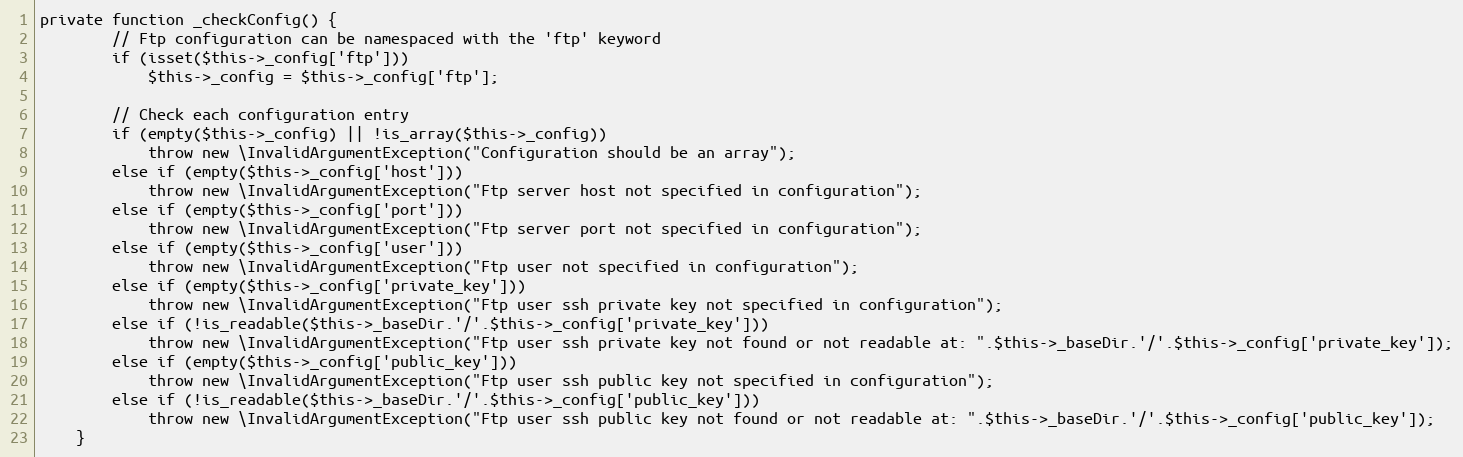
Language: PHP
private function _checkConfig() {
        // Ftp configuration can be namespaced with the 'ftp' keyword
        if (isset($this->_config['ftp']))
            $this->_config = $this->_config['ftp'];

        // Check each configuration entry
        if (empty($this->_config) || !is_array($this->_config))
            throw new \InvalidArgumentException("Configuration should be an array");
        else if (empty($this->_config['host']))
            throw new \InvalidArgumentException("Ftp server host not specified in configuration");
        else if (empty($this->_config['port']))
            throw new \InvalidArgumentException("Ftp server port not specified in configuration");
        else if (empty($this->_config['user']))
            throw new \InvalidArgumentException("Ftp user not specified in configuration");
        else if (empty($this->_config['private_key']))
            throw new \InvalidArgumentException("Ftp user ssh private key not specified in configuration");
        else if (!is_readable($this->_baseDir.'/'.$this->_config['private_key']))
            throw new \InvalidArgumentException("Ftp user ssh private key not found or not readable at: ".$this->_baseDir.'/'.$this->_config['private_key']);
        else if (empty($this->_config['public_key']))
            throw new \InvalidArgumentException("Ftp user ssh public key not specified in configuration");
        else if (!is_readable($this->_baseDir.'/'.$this->_config['public_key']))
            throw new \InvalidArgumentException("Ftp user ssh public key not found or not readable at: ".$this->_baseDir.'/'.$this->_config['public_key']);
    }